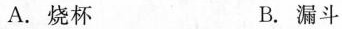
A.烧杯 B.漏斗